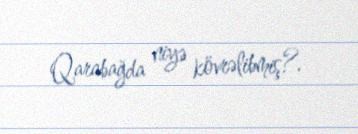
Qarabağda niyə kövrəlibmiş?.